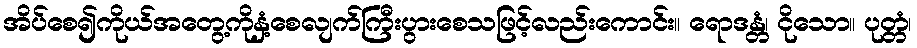
အိပ်စေ၍ကိုယ်အတွေ့ကိုနှံ့စေလျက်ကြီးပွားစေသဖြင့်လည်းကောင်း။ ရောဒန္တံ၊ ငိုသော။ ပုတ္တံ၊